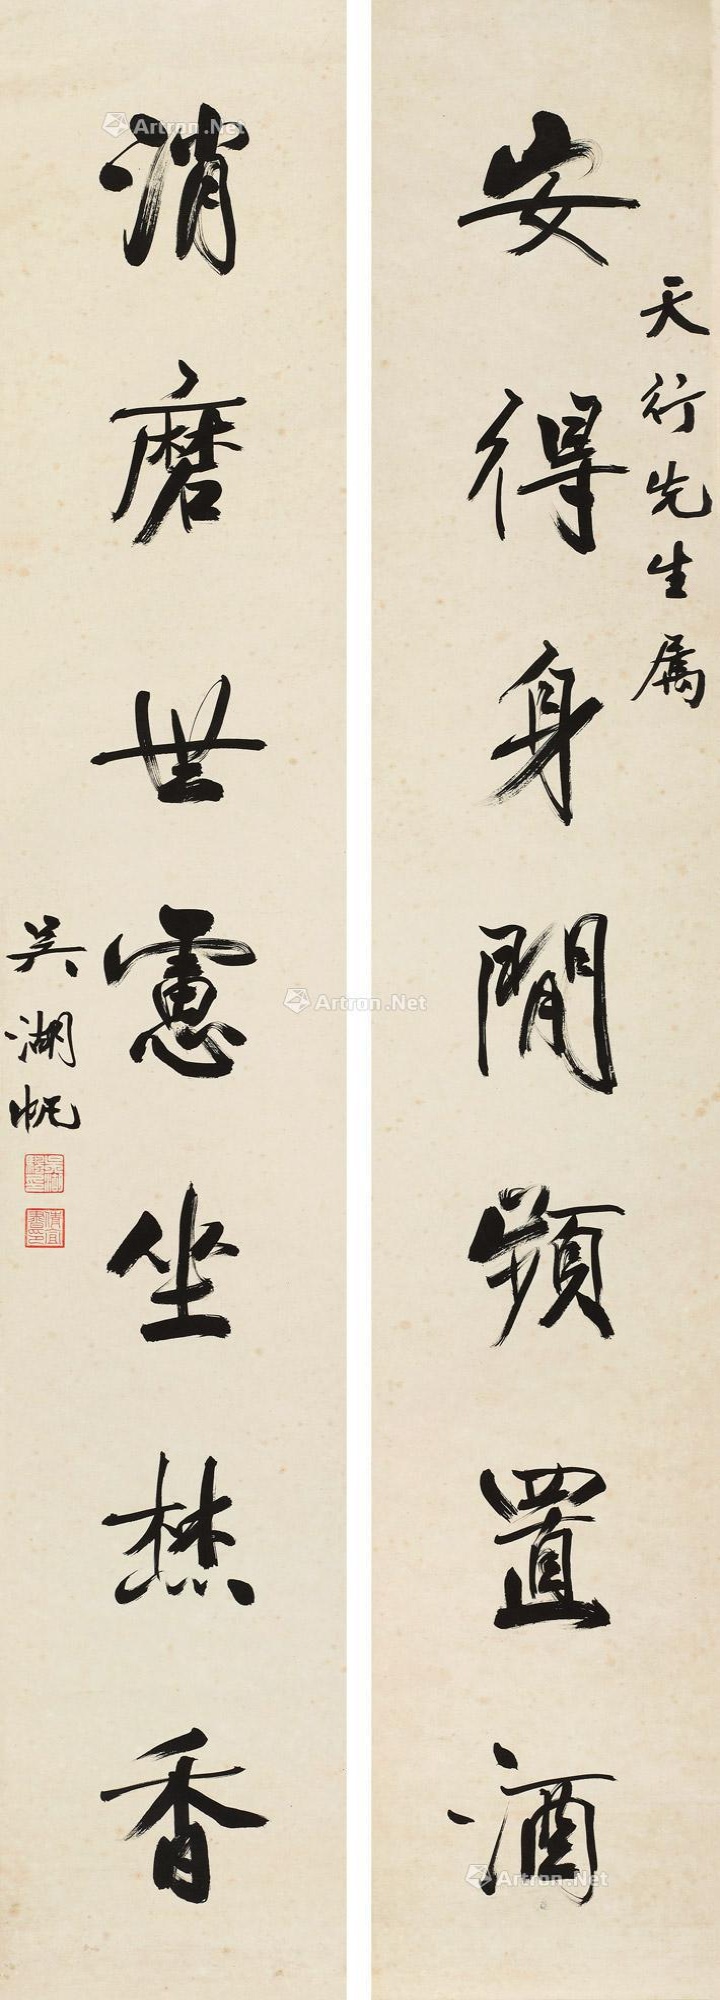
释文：安得身闲频置酒，消磨世虑坐焚香。天行先生属，吴湖帆。